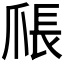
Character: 𪺑